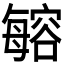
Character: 𣫾